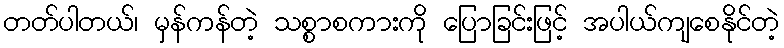
တတ်ပါတယ်၊ မှန်ကန်တဲ့ သစ္စာစကားကို ပြောခြင်းဖြင့် အပါယ်ကျစေနိုင်တဲ့